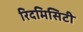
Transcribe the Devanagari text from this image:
रिदमिसिटी